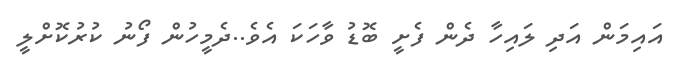
އައިމަން އަދި ލައިހާ ދެން ފެށީ ބޮޑު ވާހަކަ އެވެ..ދެމީހުން ފޯނު ކުރުކޮށްލީ